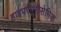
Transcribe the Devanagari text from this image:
हाइपरयूरीसेमिक